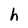
Character: h